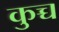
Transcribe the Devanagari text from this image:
कुच्च